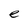
Character: e